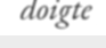
doigte